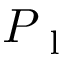
P _ { \mathrm { ~ l ~ } }